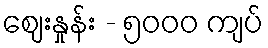
ဈေးနှုန်း - ၅၀၀၀ ကျပ်